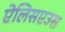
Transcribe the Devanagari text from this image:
ऐलिसएउस